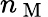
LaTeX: n_{\mathrm{~M~}}